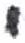
אות: י